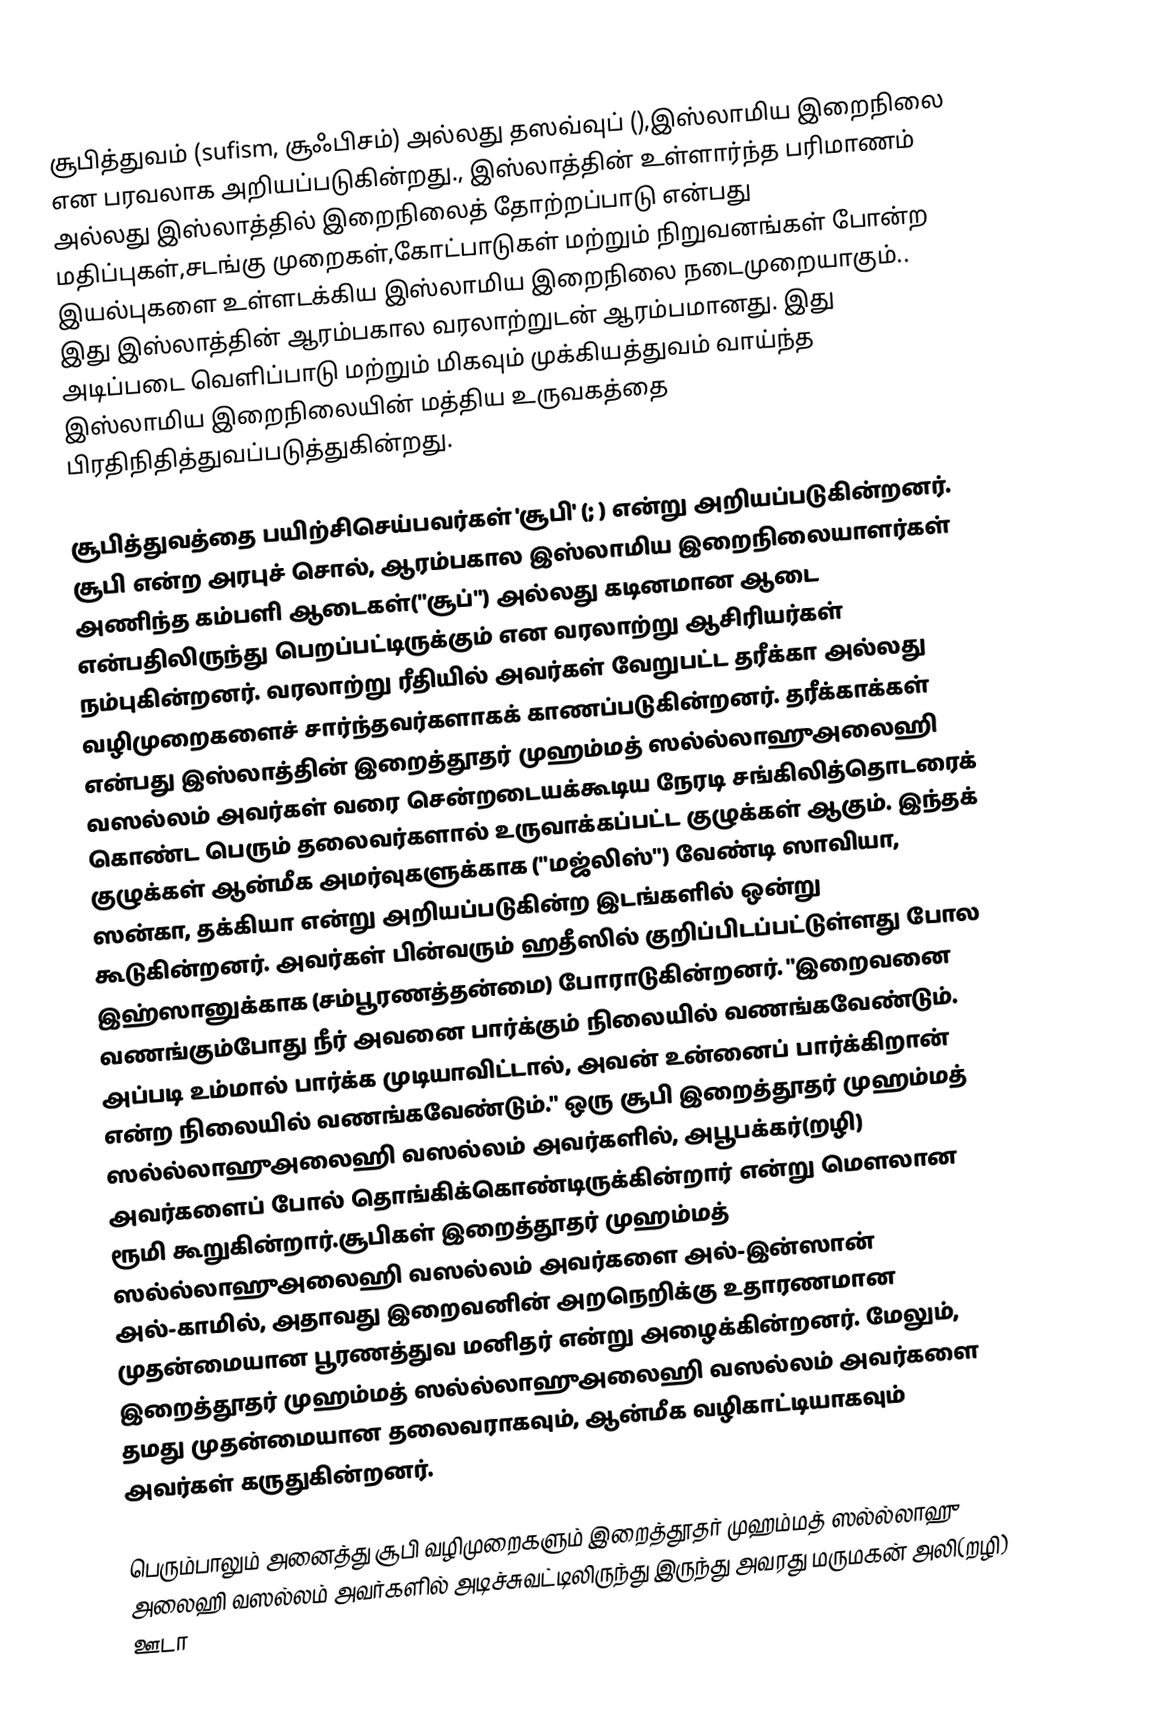
சூபித்துவம் (sufism, சூஃபிசம்) அல்லது தஸவ்வுப் (),இஸ்லாமிய இறைநிலை என பரவலாக அறியப்படுகின்றது., இஸ்லாத்தின் உள்ளார்ந்த பரிமாணம் அல்லது இஸ்லாத்தில் இறைநிலைத் தோற்றப்பாடு என்பது மதிப்புகள்,சடங்கு முறைகள்,கோட்பாடுகள் மற்றும் நிறுவனங்கள் போன்ற இயல்புகளை உள்ளடக்கிய இஸ்லாமிய இறைநிலை நடைமுறையாகும்.. இது இஸ்லாத்தின் ஆரம்பகால வரலாற்றுடன் ஆரம்பமானது. இது அடிப்படை வெளிப்பாடு மற்றும் மிகவும் முக்கியத்துவம் வாய்ந்த இஸ்லாமிய இறைநிலையின் மத்திய உருவகத்தை பிரதிநிதித்துவப்படுத்துகின்றது.

சூபித்துவத்தை பயிற்சிசெய்பவர்கள் 'சூபி' (; ) என்று அறியப்படுகின்றனர். சூபி என்ற அரபுச் சொல், ஆரம்பகால இஸ்லாமிய இறைநிலையாளர்கள் அணிந்த கம்பளி ஆடைகள்("சூப்") அல்லது கடினமான ஆடை என்பதிலிருந்து பெறப்பட்டிருக்கும் என வரலாற்று ஆசிரியர்கள் நம்புகின்றனர். வரலாற்று ரீதியில் அவர்கள் வேறுபட்ட தரீக்கா அல்லது வழிமுறைகளைச் சார்ந்தவர்களாகக் காணப்படுகின்றனர். தரீக்காக்கள் என்பது இஸ்லாத்தின் இறைத்தூதர் முஹம்மத் ஸல்ல்லாஹுஅலைஹி வஸல்லம் அவர்கள் வரை சென்றடையக்கூடிய நேரடி சங்கிலித்தொடரைக் கொண்ட பெரும் தலைவர்களால் உருவாக்கப்பட்ட குழுக்கள் ஆகும்.  இந்தக் குழுக்கள் ஆன்மீக அமர்வுகளுக்காக ("மஜ்லிஸ்") வேண்டி ஸாவியா, ஸன்கா, தக்கியா என்று அறியப்படுகின்ற இடங்களில் ஒன்று கூடுகின்றனர். அவர்கள் பின்வரும் ஹதீஸில் குறிப்பிடப்பட்டுள்ளது போல இஹ்ஸானுக்காக (சம்பூரணத்தன்மை) போராடுகின்றனர். "இறைவனை வணங்கும்போது நீர் அவனை பார்க்கும் நிலையில் வணங்கவேண்டும். அப்படி உம்மால் பார்க்க முடியாவிட்டால், அவன் உன்னைப் பார்க்கிறான் என்ற நிலையில் வணங்கவேண்டும்." ஒரு சூபி இறைத்தூதர் முஹம்மத் ஸல்ல்லாஹுஅலைஹி வஸல்லம் அவர்களில், அபூபக்கர்(றழி) அவர்களைப் போல் தொங்கிக்கொண்டிருக்கின்றார் என்று மௌலான ரூமி கூறுகின்றார்.சூபிகள் இறைத்தூதர் முஹம்மத் ஸல்ல்லாஹுஅலைஹி வஸல்லம் அவர்களை அல்-இன்ஸான் அல்-காமில், அதாவது இறைவனின் அறநெறிக்கு உதாரணமான முதன்மையான பூரணத்துவ மனிதர் என்று அழைக்கின்றனர். மேலும், இறைத்தூதர் முஹம்மத் ஸல்ல்லாஹுஅலைஹி வஸல்லம் அவர்களை தமது முதன்மையான தலைவராகவும், ஆன்மீக வழிகாட்டியாகவும் அவர்கள் கருதுகின்றனர்.

பெரும்பாலும் அனைத்து சூபி வழிமுறைகளும் இறைத்தூதர் முஹம்மத் ஸல்ல்லாஹு அலைஹி வஸல்லம் அவர்களில் அடிச்சுவட்டிலிருந்து இருந்து அவரது மருமகன் அலி(றழி) ஊடா